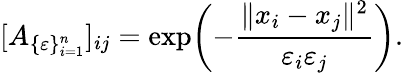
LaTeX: [A_{\{ \varepsilon\} _{i=1}^{n}}]_{ij}=\exp\biggl(-\frac{\| x_{i}-x_{j}\| ^{2}}{\varepsilon_{i}\varepsilon_{j}}\biggr).